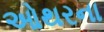
ઓથરના